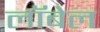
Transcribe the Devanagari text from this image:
लॉबेल